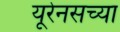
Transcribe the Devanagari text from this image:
यूरेनसच्या